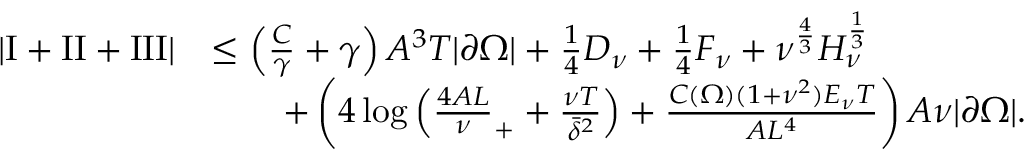
\begin{array} { r l } { \left\lvert \mathrm I + \mathrm { I I } + \mathrm { I I I } \right\rvert } & { \le \left( \frac C \gamma + \gamma \right) A ^ { 3 } T | \partial \Omega | + \frac 1 4 D _ { \nu } + \frac 1 4 F _ { \nu } + \nu ^ { \frac 4 3 } H _ { \nu } ^ { \frac 1 3 } } \\ & { \qquad + \left( 4 \log \left( \frac { 4 A L } \nu _ { + } + \frac { \nu T } { \bar { \delta } ^ { 2 } } \right) + \frac { C ( \Omega ) ( 1 + \nu ^ { 2 } ) E _ { \nu } T } { A L ^ { 4 } } \right) A \nu | \partial \Omega | . } \end{array}